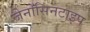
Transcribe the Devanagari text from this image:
जेनोसिनटाइप